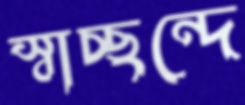
স্বাচ্ছন্দে